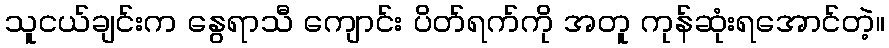
သူငယ်ချင်းက နွေရာသီ ကျောင်း ပိတ်ရက်ကို အတူ ကုန်ဆုံးရအောင်တဲ့။